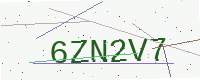
Text: 6ZN2V7